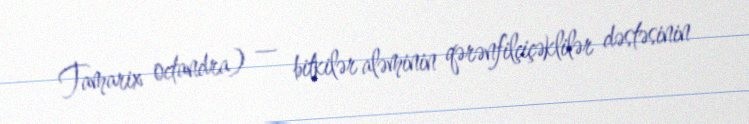
Tamarix octandra) — bitkilər aləminin qərənfilçiçəklilər dəstəsinin